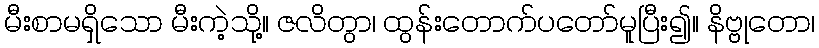
မီးစာမရှိသော မီးကဲ့သို့။ ဇလိတွာ၊ ထွန်းတောက်ပတော်မူပြီး၍။ နိဗ္ဗုတော၊